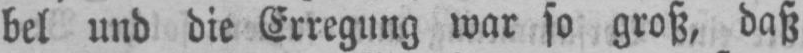
bel und die Erregung war so groß, daß